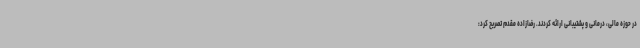
در حوزه مالی، درمانی و پشتیبانی ارائه کردند. رضازاده مقدم تصریح کرد: